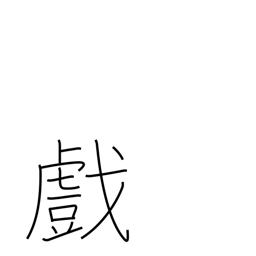
Meaning: sport